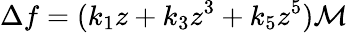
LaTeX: \Delta f=(k_{1}z+k_{3}z^{3}+k_{5}z^{5})\mathcal{M}